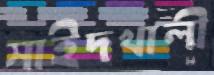
সাইদখালী